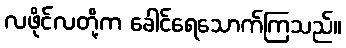
လဖိုင်လတို့က ခေါင်ရေသောက်ကြသည်။